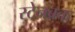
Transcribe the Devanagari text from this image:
स्टेनब्रक